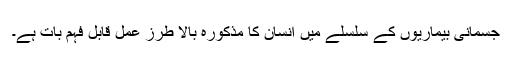
جسمانی بیماریوں کے سلسلے میں انسان کا مذکورہ بالا طرزِ عمل قابل فہم بات ہے۔